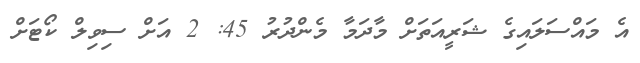
އެ މައްސަލައިގެ ޝަރީއަތަށް މާދަމާ މެންދުރު 45: 2 އަށް ސިވިލް ކޯޓަށް